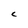
Character: C